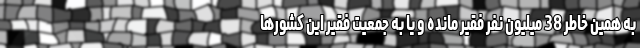
به همین خاطر 38 میلیون نفر فقیر مانده و یا به جمعیت فقیر این کشورها